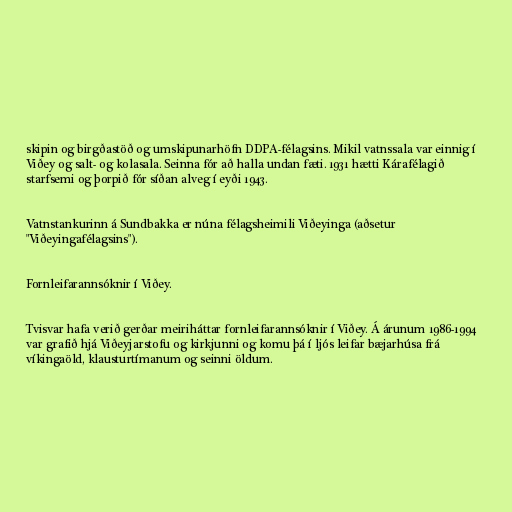
skipin og birgðastöð og umskipunarhöfn DDPA-félagsins. Mikil vatnssala var einnig í
Viðey og salt- og kolasala. Seinna fór að halla undan fæti. 1931 hætti Kárafélagið
starfsemi og þorpið fór síðan alveg í eyði 1943.

Vatnstankurinn á Sundbakka er núna félagsheimili Viðeyinga (aðsetur
"Viðeyingafélagsins").

Fornleifarannsóknir í Viðey.

Tvisvar hafa verið gerðar meiriháttar fornleifarannsóknir í Viðey. Á árunum 1986-1994
var grafið hjá Viðeyjarstofu og kirkjunni og komu þá í ljós leifar bæjarhúsa frá
víkingaöld, klausturtímanum og seinni öldum.